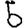
Digit: 5